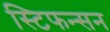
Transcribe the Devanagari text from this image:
स्टिफन्सन